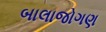
બાલાજોગણ